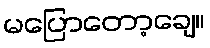
မပြောတော့ချေ။